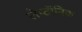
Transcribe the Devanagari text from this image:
लेप्टॉनिक